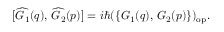
[ \widehat { G _ { 1 } } ( q ) , \, \widehat { G _ { 2 } } ( p ) ] = i \hbar ( \{ G _ { 1 } ( q ) , \, G _ { 2 } ( p ) \} ) _ { \mathrm { { o p } } } .